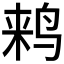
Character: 𱉵